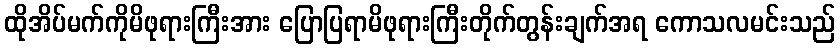
ထိုအိပ်မက်ကိုမိဖုရားကြီးအား ပြောပြရာမိဖုရားကြီးတိုက်တွန်းချက်အရ ကောသလမင်းသည်